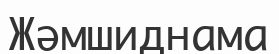
Жәмшиднама